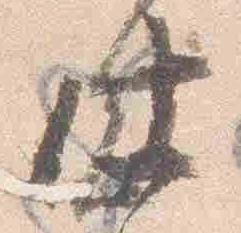
仕